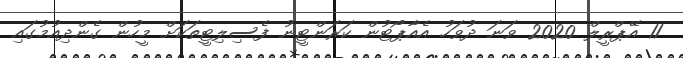
11 އޭޕްރީލް 2020 ވަނަ ދުވަހު އެއާޕޯޓުން ކަރަންޓީނު ފެސިލިޓީތަކަށް މީހުން ގެންދިއުމުގައި